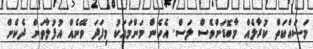
މަސައްކަތް ކުރާލެއް މާބޮޑަށްވެސް ލަސް. އެހެން މަންމައަކު މިފަދަ ވޭނެއް އުފުލާތަން ދެކެން